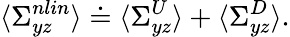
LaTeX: \langle\Sigma_{yz}^{nlin}\rangle\doteq\langle\Sigma_{yz}^{U}\rangle+\langle\Sigma_{yz}^{D}\rangle.